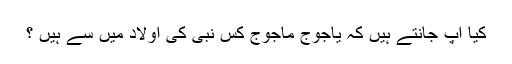
کیا آپ جانتے ہیں کہ یاجوج ماجوج کس نبیؑ کی اولاد میں سے ہیں ؟